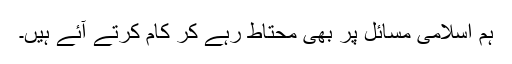
ہم اسلامی مسائل پر بھی محتاط رہے کر کام کرتے آئے ہیں۔